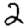
Digit: 2